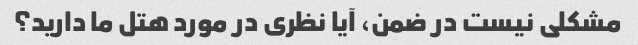
مشکلی نیست در ضمن، آیا نظری در مورد هتل ما دارید؟